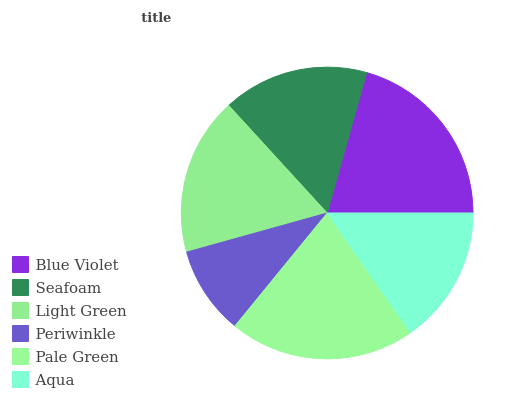
| Blue Violet | Seafoam | Light Green | Periwinkle | Pale Green | Aqua |
 | --- | --- | --- | --- | --- | --- |
 | 20.7% | 16.2% | 17.5% | 9.78% | 20.5% | 15.3% |